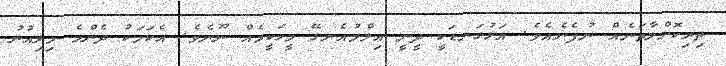
ތިރިކޮށްލާތަނެއް ނުފެނެއެވެ. އަޅުގަނޑަކީ ދީނީ ޢިލްމުއެނގޭ މީހަކީމެއް ނޫނެވެ. އެކަމަކު ދެންމެ މިލިއުނު